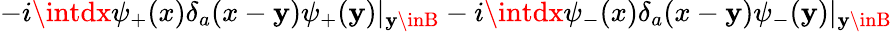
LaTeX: -i\intdx\psi_{+}(x)\delta_{a}(x-\mathbf{y})\psi_{+}(\mathbf{y})|_{\mathbf{y}\inB}-i\intdx\psi_{-}(x)\delta_{a}(x-\mathbf{y})\psi_{-}(\mathbf{y})|_{\mathbf{y}\inB}